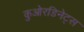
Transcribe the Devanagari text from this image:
कुओरडिनेट्स